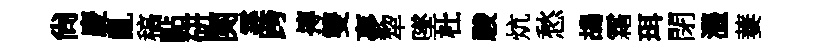
尙慶亂稿點硏関霎跨摶雙夣犂墜杜駿炕愁鴣霜珥閉灃萋